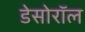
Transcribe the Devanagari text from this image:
डेसोरॉल